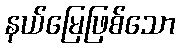
နယ်မြေဖြစ်သော